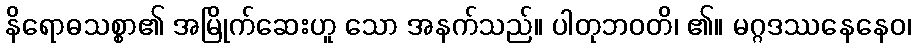
နိရောဓသစ္စာ၏ အမြိုက်ဆေးဟူ သော အနက်သည်။ ပါတုဘဝတိ၊ ၏။ မဂ္ဂဒဿနေနေဝ၊